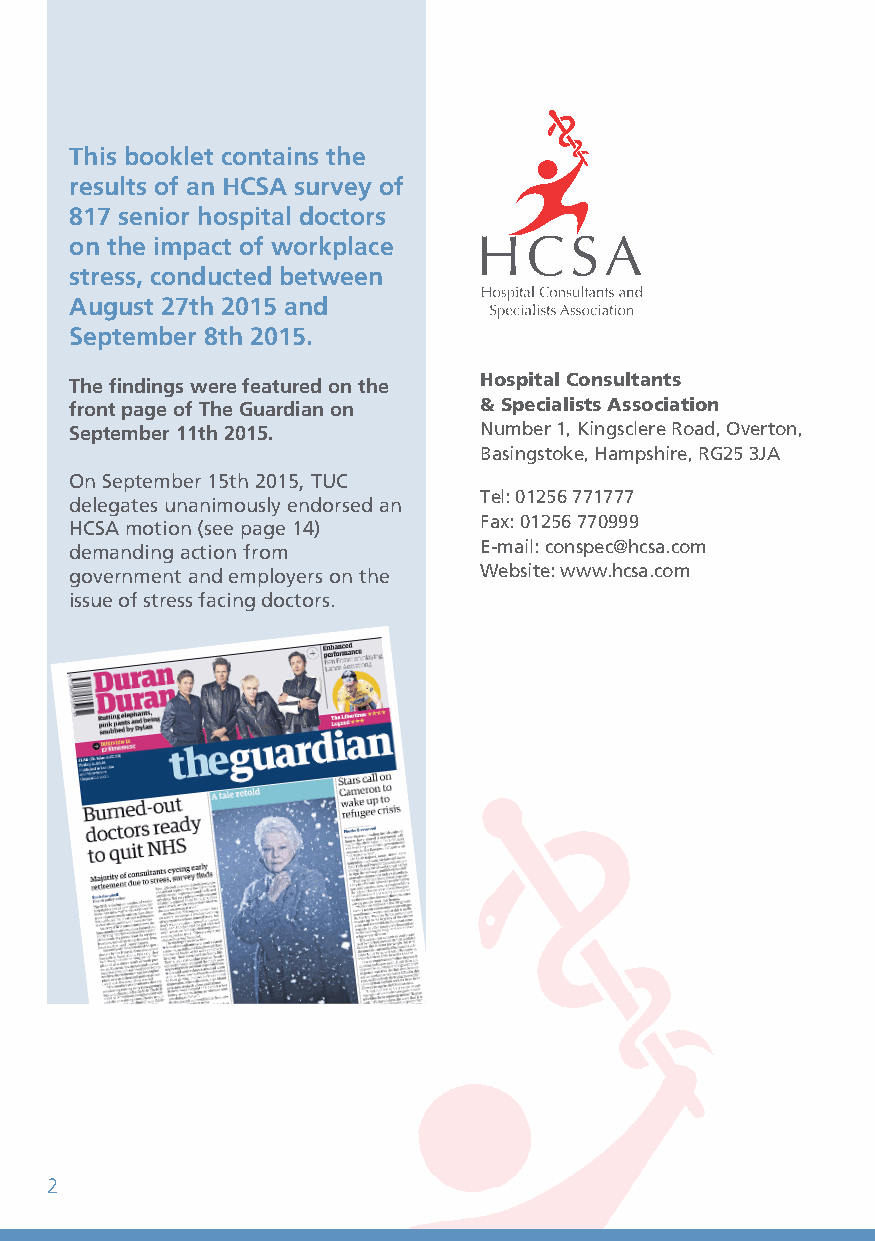
This booklet contains the
 results of an HCSA survey of
 817 senior hospital doctors
 on the impact of workplace
 stress, conducted between
 August 27th 2015 and
 September 8th 2015.
 The findings were featured on the Hospital Consultants
 front page of The Guardian on & Specialists Association
 September 11th 2015.       Number 1, Kingsclere Road, Overton,
 Basingstoke, Hampshire, RG25 3JA
 On September 15th 2015, TUC
 Tel: 01256 771777
 delegates unanimously endorsed an
 Fax: 01256 770999
 HCSA motion (see page 14)
 demanding action from      E-mail: conspec@hcsa.com
 government and employers on the Website: www.hcsa.com
 issue of stress facing doctors.
 2